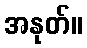
အနုတ်။